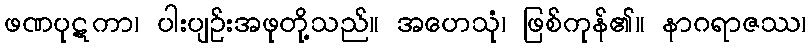
ဖဏပုဋကာ၊ ပါးပျဉ်းအဖုတို့သည်။ အဟေသုံ၊ ဖြစ်ကုန်၏။ နာဂရာဇဿ၊